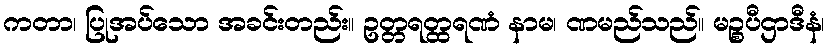
ကတာ၊ ပြုအပ်သော အခင်းတည်း။ ဥတ္တရတ္ထရဏံ နာမ၊ ဏမည်သည်။ မဉ္စပီဌာဒီနံ၊